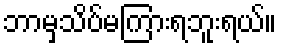
ဘာမှသိပ်မကြားရဘူးရယ်။